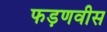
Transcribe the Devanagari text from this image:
फड़णवीस